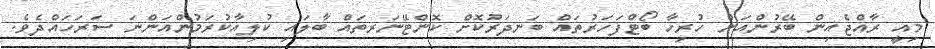
މިއީ ރާއްޖެއިން ބޭރުންއަން ހުރިހާ ބޯޓްފަހަރުތައް ބަނދަރުކޮށް ކޮންޓޭނަރތައް ބާލައި ކުލިއާކުރަމުންއަންނަ ސަރަހައްދެވެ.